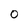
Character: O